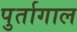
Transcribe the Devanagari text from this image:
पुर्तागाल